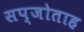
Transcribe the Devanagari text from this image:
सप्जोताह